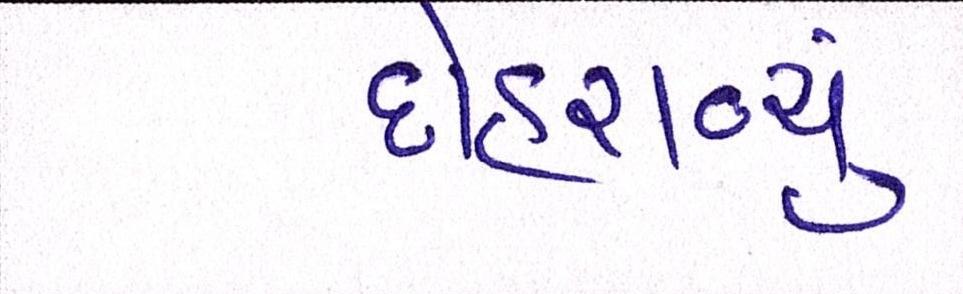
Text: દોહરાવ્યું